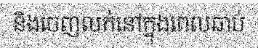
និងចេញលក់នៅក្នុងពេលឆាប់